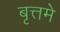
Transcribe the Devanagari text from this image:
बृत्तमे